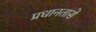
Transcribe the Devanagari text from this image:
प्रधानतासे